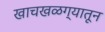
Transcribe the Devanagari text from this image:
खाचखळग्यातून